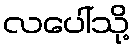
လပေါ်သို့